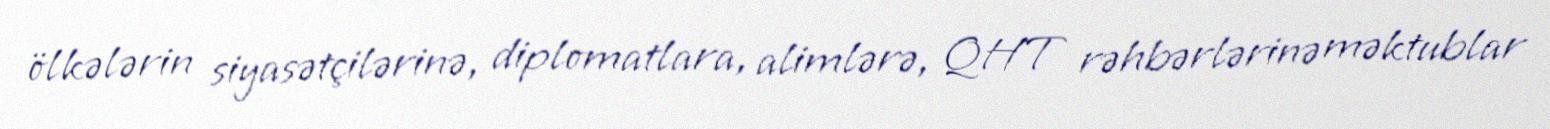
ölkələrin siyasətçilərinə, diplomatlara, alimlərə, QHT rəhbərlərinə məktublar